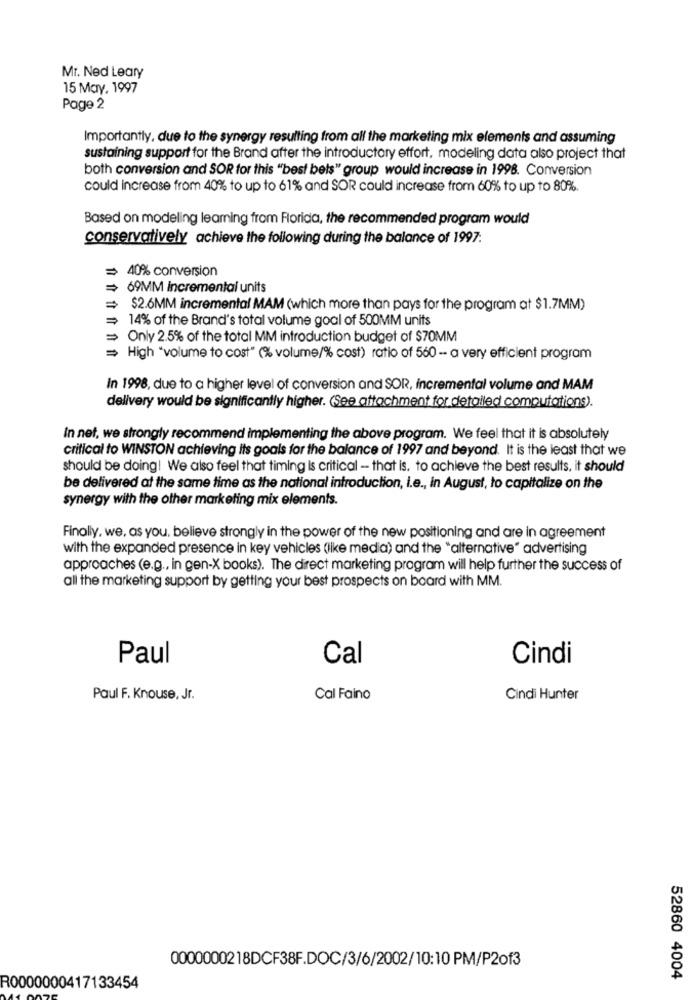
Mr. Ned Leary
15 May, 1997
Page 2
Importantly, due to the synergy resulting from all the marketing mix elements and assuming
sustaining support for the Brand after the introductory effort, modeling data also project that
both conversion and SOR for this "best bets" group would increase in 1998. Conversion
could increase from 40% to up to 61% and SOR could increase from 60% to up to 80%.
Based on modeling learning from Florida, the recommended program would
conservatively achieve the following during the balance of 1997:
= 40% conversion
69MM incremental units
$2.6MM incremental MAM (which more than pays for the program at $1.7MM)
14% of the Brand's total volume goal of 500MM units
Only 2.5% of the total MM introduction budget of $70MM
= High *volume to cost" (% volume/% cost) ratio of 560 -- a very efficient program
In 1998, due to a higher level of conversion and SOR, incremental volume and MAM
delivery would be significantly higher. (See attachment for detailed computations).
In net, we strongly recommend implementing the above program. We feel that it is absolutely
critical to WINSTON achieving its goals for the balance of 1997 and beyond. It is the least that we
should be doing! We also feel that timing is critical - that is. to achieve the best results, it should
be delivered at the same time as the national introduction, i.e ., in August, to capitalize on the
synergy with the other marketing mix elements.
Finally, we, as you, believe strongly in the power of the new positioning and are in agreement
with the expanded presence in key vehicles (like media) and the "alternative" advertising
approaches (e.g ., in gen-X books). The direct marketing program will help further the success of
all the marketing support by getting your best prospects on board with MM.
Paul
Cal
Cindi
Paul F. Knouse, Jr.
Cal Faino
Cindi Hunter
0000000218DCF38F.DOC/3/6/2002/10:10 PM/P2of3
52860 4004
R0000000417133454